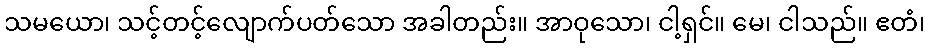
သမယော၊ သင့်တင့်လျောက်ပတ်သော အခါတည်း။ အာဝုသော၊ ငါ့ရှင်။ မေ၊ ငါသည်။ ဧတံ၊